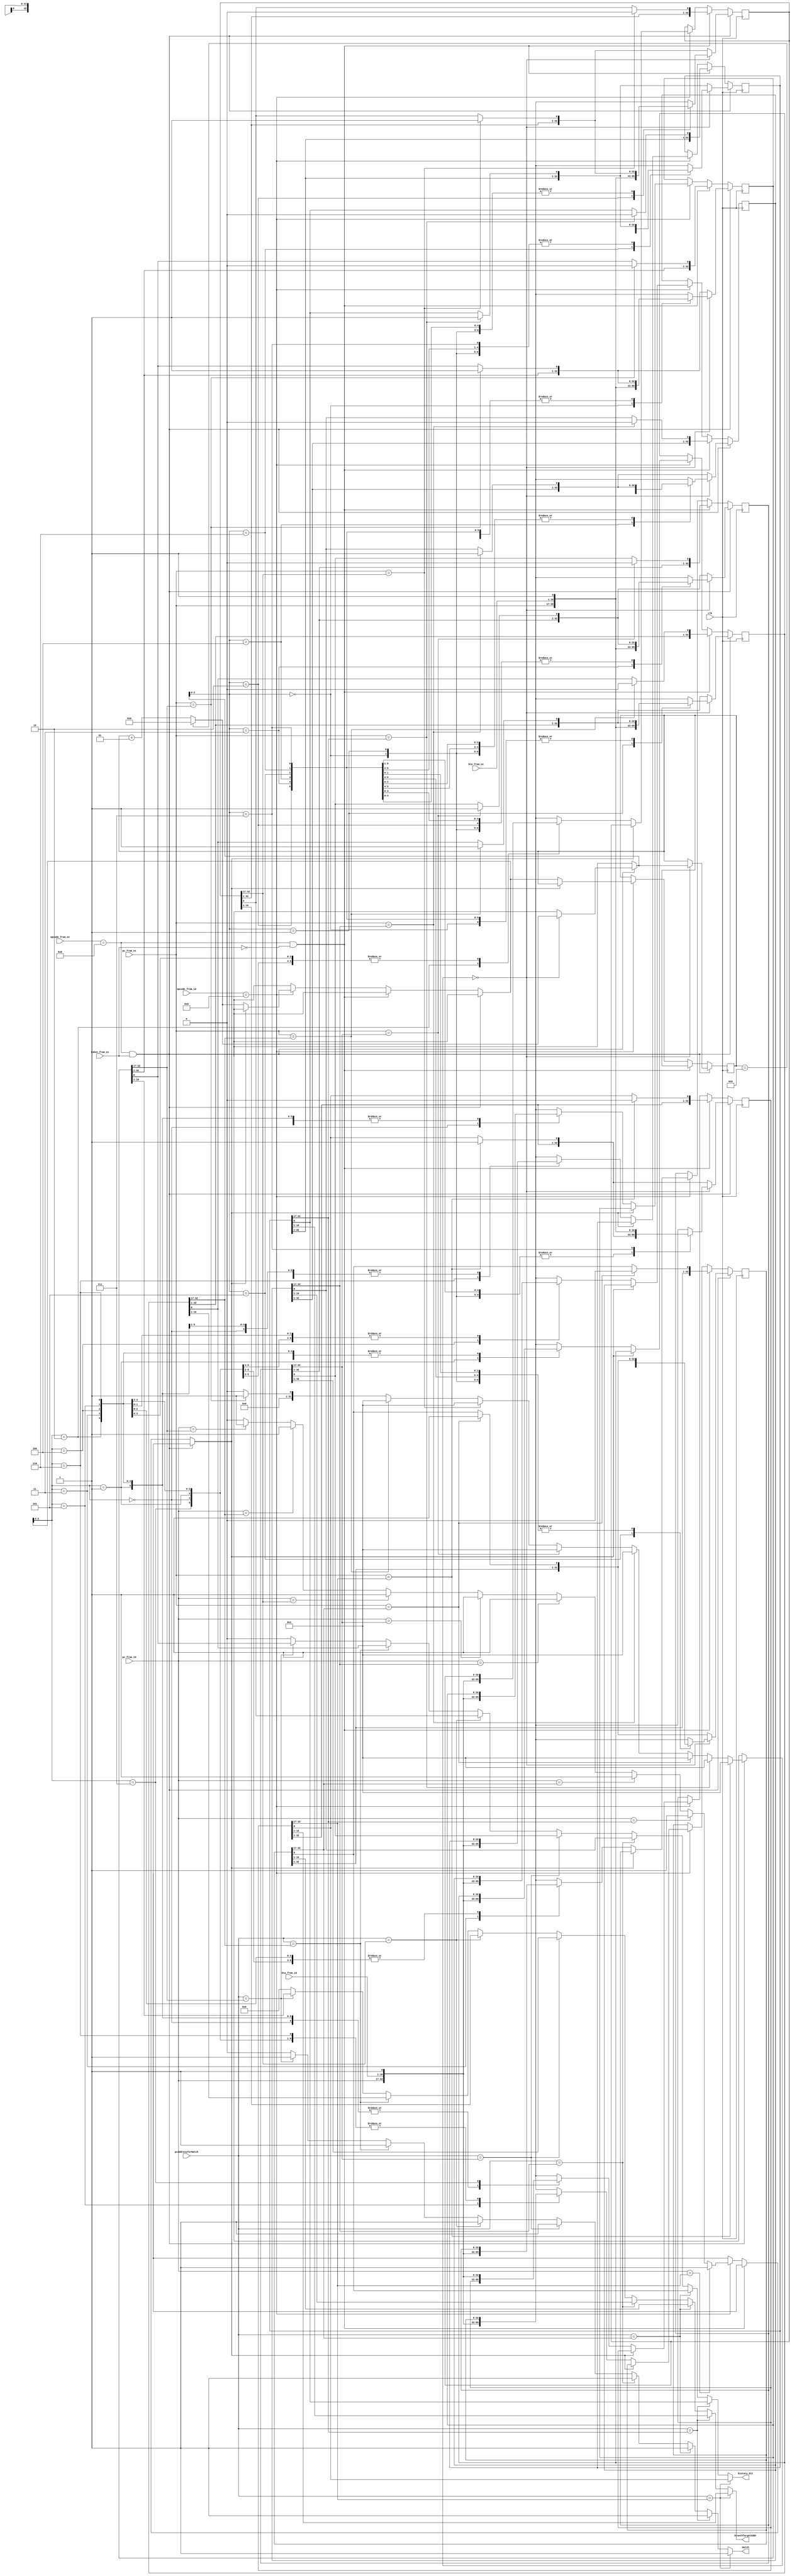
//1 - bit History Branch Lookup Table
// 8 entry History Table
// total size = (16 + 16 + 1) * 8 bits = 264 bits = 33 Bytes


// guess a prediction for JLR or JRI is not feasible, Making an entry is simple, but almost never works because the PC Address for
// both of these are dependent on value in Registers, which changes often. Presently not making it.

module branch_history_table ( clk, pcAddressforMatch, pc_from_ex, pc_from_id, bta_from_ex, bta_from_id, opcode_from_ex, opcode_from_id , taken_from_ex,
							  branchTargetAddr, match, history_bit );

input [15:0] pcAddressforMatch , pc_from_ex, pc_from_id;
input [15:0] bta_from_ex, bta_from_id;
input [3:0] opcode_from_ex, opcode_from_id;
input taken_from_ex, clk;
output reg [15:0] branchTargetAddr;
output reg  match, history_bit;

 reg [32:0] branchHistoryTable [0:7]; // [32:17] - pc, [16:1] - BTA, [0] - HB
 integer pointer = 0;
 reg [32:0] temp_data1, temp_data2;
 integer found = 0;
 integer i;
 integer j;
 reg found_at_jal = 0;
 
 localparam beq = 4'b1000;
 localparam jal = 4'b1001;
 
  initial begin 
	for ( i= 0; i <8 ; i = i + 1 ) 
	 branchHistoryTable[i] = 33'b111111111111111111111111111111111; 
  end
  
 // logic for checking whether a match is present
   always @ (pcAddressforMatch) begin 
    match = 0;
	history_bit = 0;
	branchTargetAddr = 16'd0;
    for ( i= 0; i < 8 ; i = i + 1 ) begin
	  temp_data2 = branchHistoryTable[i];
	  if ( pcAddressforMatch == temp_data2[32:17] ) begin 
	     branchTargetAddr = temp_data2[16:1];
		 history_bit = temp_data2 [0];
		 match = 1;  
      end
	end
   end
 
 // logic to make an entry to branchHistoryTable for branches and jumps
  //always @(opcode_from_ex, opcode_from_id, bta_from_id, bta_from_ex, taken_from_ex, pc_from_id, pc_from_ex) begin 
  always @(posedge clk) begin
    if ( ( opcode_from_ex == beq ) && ( taken_from_ex == 1 ) ) begin // initial case of finding beq and making an entry 
		found = 0;
		for ( j= 0; j < 8 ; j = j + 1 ) begin
			temp_data1 = branchHistoryTable[j];
			if ( pc_from_ex == temp_data1[32:17] ) begin 
				found = 1;
				branchHistoryTable[j] = {temp_data1[32:1], 1'b1 };
			end
		end	 
		
		if ( found == 0 ) begin 
			if ( pointer == 8 ) pointer = 0;
			else pointer = pointer + 1;
			branchHistoryTable[pointer] = {pc_from_ex, bta_from_ex, 1'b1 }; 
		end 
    end
	
	else if ( ( opcode_from_ex == beq ) && ( taken_from_ex == 0 ) ) begin		
		found = 0;
		for ( j= 0; j < 8 ; j = j + 1 ) begin
			temp_data1 = branchHistoryTable[j];
			if ( pc_from_ex == temp_data1[32:17] ) begin 
				found = 1;
				branchHistoryTable[j] = {temp_data1[32:1], 1'b0 };
			end
		end	 				
	end
	
	else  if  ( opcode_from_id == jal )  begin 
		found_at_jal = 0;
		for ( j= 0; j < 8 ; j = j + 1 ) begin
			temp_data1 = branchHistoryTable[j];
			if ( pc_from_id == temp_data1[32:17] ) found_at_jal = 1;
		end	 
		
		if ( found_at_jal == 0 ) begin 
			if ( pointer == 8 ) pointer = 0;
			else pointer = pointer + 1;
			branchHistoryTable[pointer] = {pc_from_id, bta_from_id, 1'b1 }; // for jal HB is always 1
		end 
	end
  end

endmodule